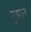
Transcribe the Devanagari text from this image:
गुसल